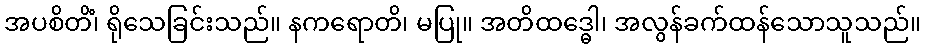
အပစိတိံ၊ ရိုသေခြင်းသည်။ နကရောတိ၊ မပြု။ အတိထဒ္ဓေါ၊ အလွန်ခက်ထန်သောသူသည်။